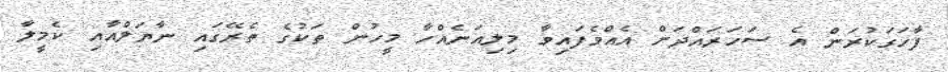
ފާހަގަކުރަން އެ ސަހަރައްދަށް އެއްވެފައިވާ މިލިއަނެއްހާ މީހުން ތަކުގެ ތެރޭގައި ނާޔަލްއާއި ކެމީލާ